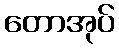
တောအုပ်